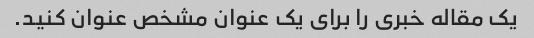
یک مقاله خبری را برای یک عنوان مشخص عنوان کنید.